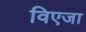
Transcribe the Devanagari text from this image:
विएजा